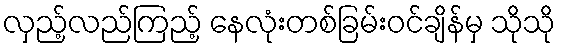
လှည့်လည်ကြည့် နေလုံးတစ်ခြမ်းဝင်ချိန်မှ သိုသို